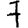
Digit: 7